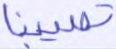
تصيبنا